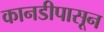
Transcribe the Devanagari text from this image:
कानडीपासून